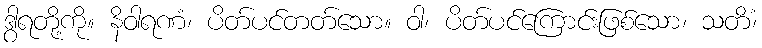
ဒွါရတို့ကို။ နိဝါရဏံ၊ ပိတ်ပင်တတ်သော။ ဝါ၊ ပိတ်ပင်ကြောင်းဖြစ်သော၊ သတိံ၊